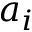
a _ { i }